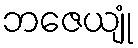
ဘဇေယျုံ